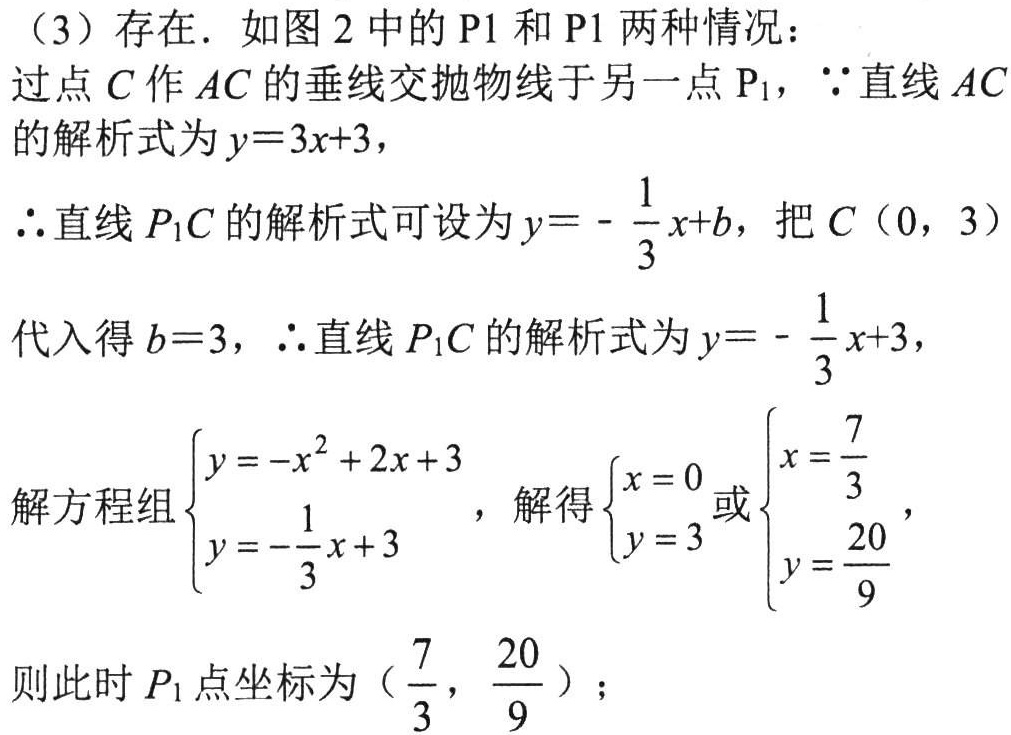
（3）存在. 如图 2 中的 \(\text{P}1\) 和 \(\text{P}1\) 两种情况：
过点 \(C\) 作 \(AC\) 的垂线交抛物线于另一点 \(\text{P}_{1}\)，\(\because\)直线 \(AC\)
的解析式为 \(y = 3x + 3\)，
\(\therefore\)直线 \(P_{1}C\) 的解析式可设为 \(y=-\frac{1}{3}x + b\)，把 \(C(0,3)\)
代入得 \(b = 3\)，\(\therefore\)直线 \(P_{1}C\) 的解析式为 \(y=-\frac{1}{3}x + 3\)，
解方程组\(\begin{cases}y=-x^{2}+2x + 3\\y=-\frac{1}{3}x + 3\end{cases}\)，解得\(\begin{cases}x = 0\\y = 3\end{cases}\)或\(\begin{cases}x=\frac{7}{3}\\y=\frac{20}{9}\end{cases}\)，
则此时 \(P_{1}\) 点坐标为\((\frac{7}{3},\frac{20}{9})\)；